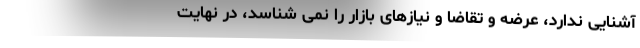
آشنایی ندارد، عرضه و تقاضا و نیازهای بازار را نمی شناسد، در نهایت